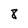
Character: 8